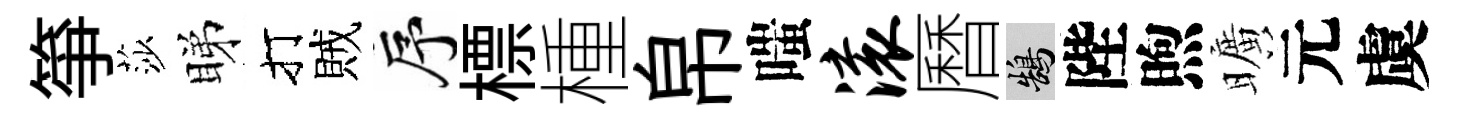
箏莎睇打賊序標㮔帛嗤滚曆鵠陛煦曠元虞